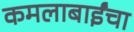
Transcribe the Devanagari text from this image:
कमलाबाईंचा